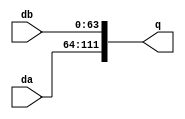
`timescale 1ns / 1ps
//////////////////////////////////////////////////////////////////////////////////
// Company: 
// Engineer: 
// 
// Design Name: 
// Module Name:    busmerge 
// Project Name: 
// Target Devices: 
// Tool versions: 
// Description: 
//
// Dependencies: 
//
// Revision: 
// Revision 0.01 - File Created
// Additional Comments: 
//
//////////////////////////////////////////////////////////////////////////////////
module busmerge(da, db, q
    );
	 input [47:0] da;
	 input [63:0] db;
	 output [111:0] q;
	 
	 assign q = {da,db};
endmodule